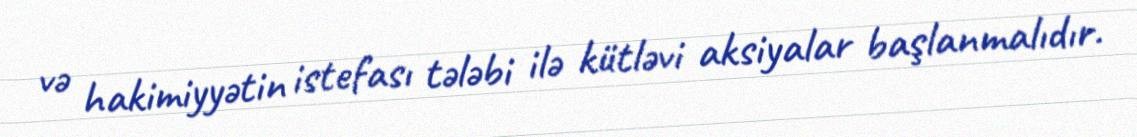
və hakimiyyətin istefası tələbi ilə kütləvi aksiyalar başlanmalıdır.